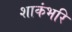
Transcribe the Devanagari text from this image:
शाकंभरि